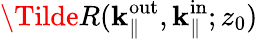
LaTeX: \Tilde{R}(\textbf{k}_{\parallel}^{\mathrm{out}},\textbf{k}_{\parallel}^{\mathrm{in}};z_{0})